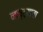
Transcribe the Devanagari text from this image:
नाष्ट्याचा